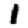
Digit: 1